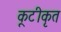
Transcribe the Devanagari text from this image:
कूटीकृत